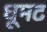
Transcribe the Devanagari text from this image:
धूमट